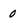
Character: 0